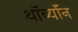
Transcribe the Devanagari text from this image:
थॉर्ब्यॉन